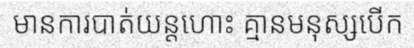
មានការបាត់យន្តហោះ គ្មានមនុស្សបើក